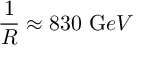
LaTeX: \frac { 1 } { R } \approx 8 3 0 \, \, { \mathrm G e V }